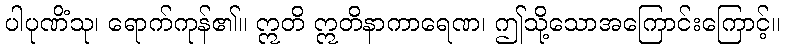
ပါပုဏိံသု၊ ရောက်ကုန်၏။ ဣတိ ဣတိနာကာရေဏ၊ ဤသို့သောအကြောင်းကြောင့်။